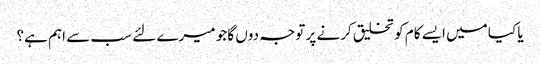
یا کیا میں ایسے کام کو تخلیق کرنے پر توجہ دوں گا جو میرے لئے سب سے اہم ہے؟